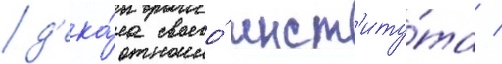
д'ека́на своего́ инст'иту́та /